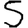
Digit: 5